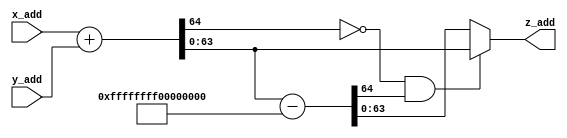
module modular_add #(parameter data_width = 64, parameter M = 64'h ffff_ffff_0000_0001)(
    input [data_width-1:0] x_add,
    input [data_width-1:0] y_add,
    output [data_width-1:0] z_add
    );

//    parameter M = 12289;
    wire [data_width-1:0] s;
    wire c;
    wire [data_width-1:0] d;
    wire b;
    wire sel;

    assign sel = ~((~c) & b);
    assign {c,s} = x_add + y_add;
    assign {b,d} = s - M;
    assign z_add = (sel == 1)? d : s;

endmodule